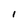
Character: 1